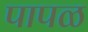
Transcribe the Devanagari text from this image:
पापळ